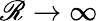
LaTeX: \mathscr{R}\rightarrow\infty